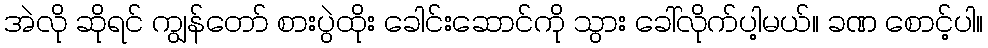
အဲလို ဆိုရင် ကျွန်တော် စားပွဲထိုး ခေါင်းဆောင်ကို သွား ခေါ်လိုက်ပါ့မယ်။ ခဏ စောင့်ပါ။